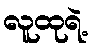
လူထုရဲ့